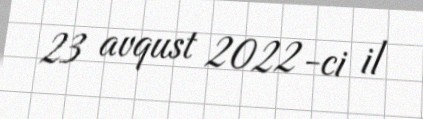
23 avqust 2022-ci il